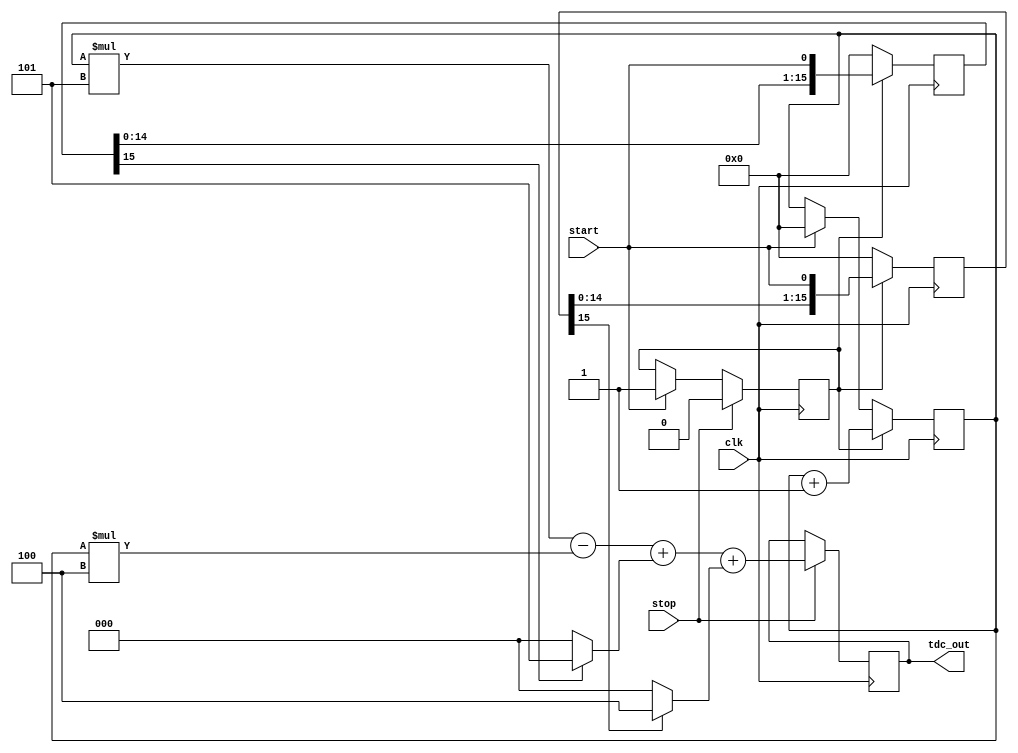
module TDC (
    input wire clk,           // System clock
    input wire start,         // Start signal
    input wire stop,          // Stop signal
    output reg [15:0] tdc_out // 16-bit output for time interval
);

// Parameters for delay lines
parameter DELAY_A = 5; // Delay per stage for Delay Line A
parameter DELAY_B = 4; // Delay per stage for Delay Line B
parameter NUM_STAGES = 16; // Number of stages in the delay lines

// Internal signals
reg [NUM_STAGES-1:0] delay_line_A; // Delay line A
reg [NUM_STAGES-1:0] delay_line_B; // Delay line B
reg [15:0] count; // Counter for clock cycles
reg measuring; // Flag to indicate measuring state

// Initialize the counter and delay lines
initial begin
    count = 0;
    measuring = 0;
    tdc_out = 0;
    delay_line_A = 0;
    delay_line_B = 0;
end

// Delay Line A: Simulating delay using a simple shift register
always @(posedge clk) begin
    if (measuring) begin
        delay_line_A <= {delay_line_A[NUM_STAGES-2:0], start}; // Shift in start signal
    end else begin
        delay_line_A <= 0; // Reset delay line
    end
end

// Delay Line B: Simulating delay using a simple shift register
always @(posedge clk) begin
    if (measuring) begin
        delay_line_B <= {delay_line_B[NUM_STAGES-2:0], start}; // Shift in start signal
    end else begin
        delay_line_B <= 0; // Reset delay line
    end
end

// Measuring logic
always @(posedge clk) begin
    if (start) begin
        measuring <= 1; // Start measuring
        count <= 0; // Reset counter
    end

    if (measuring) begin
        count <= count + 1; // Increment counter for each clock cycle
    end

    if (stop) begin
        measuring <= 0; // Stop measuring
        // Sample delay line states to calculate time difference
        tdc_out <= (count * DELAY_A) - (count * DELAY_B) + (delay_line_A[NUM_STAGES-1] ? DELAY_A : 0) + (delay_line_B[NUM_STAGES-1] ? DELAY_B : 0);
    end
end

endmodule